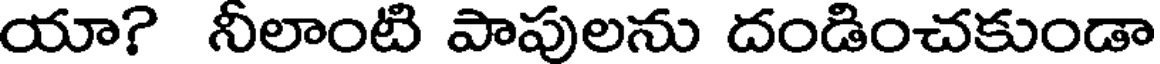
యా? నీలాంటి పాపులను దండించకుండా